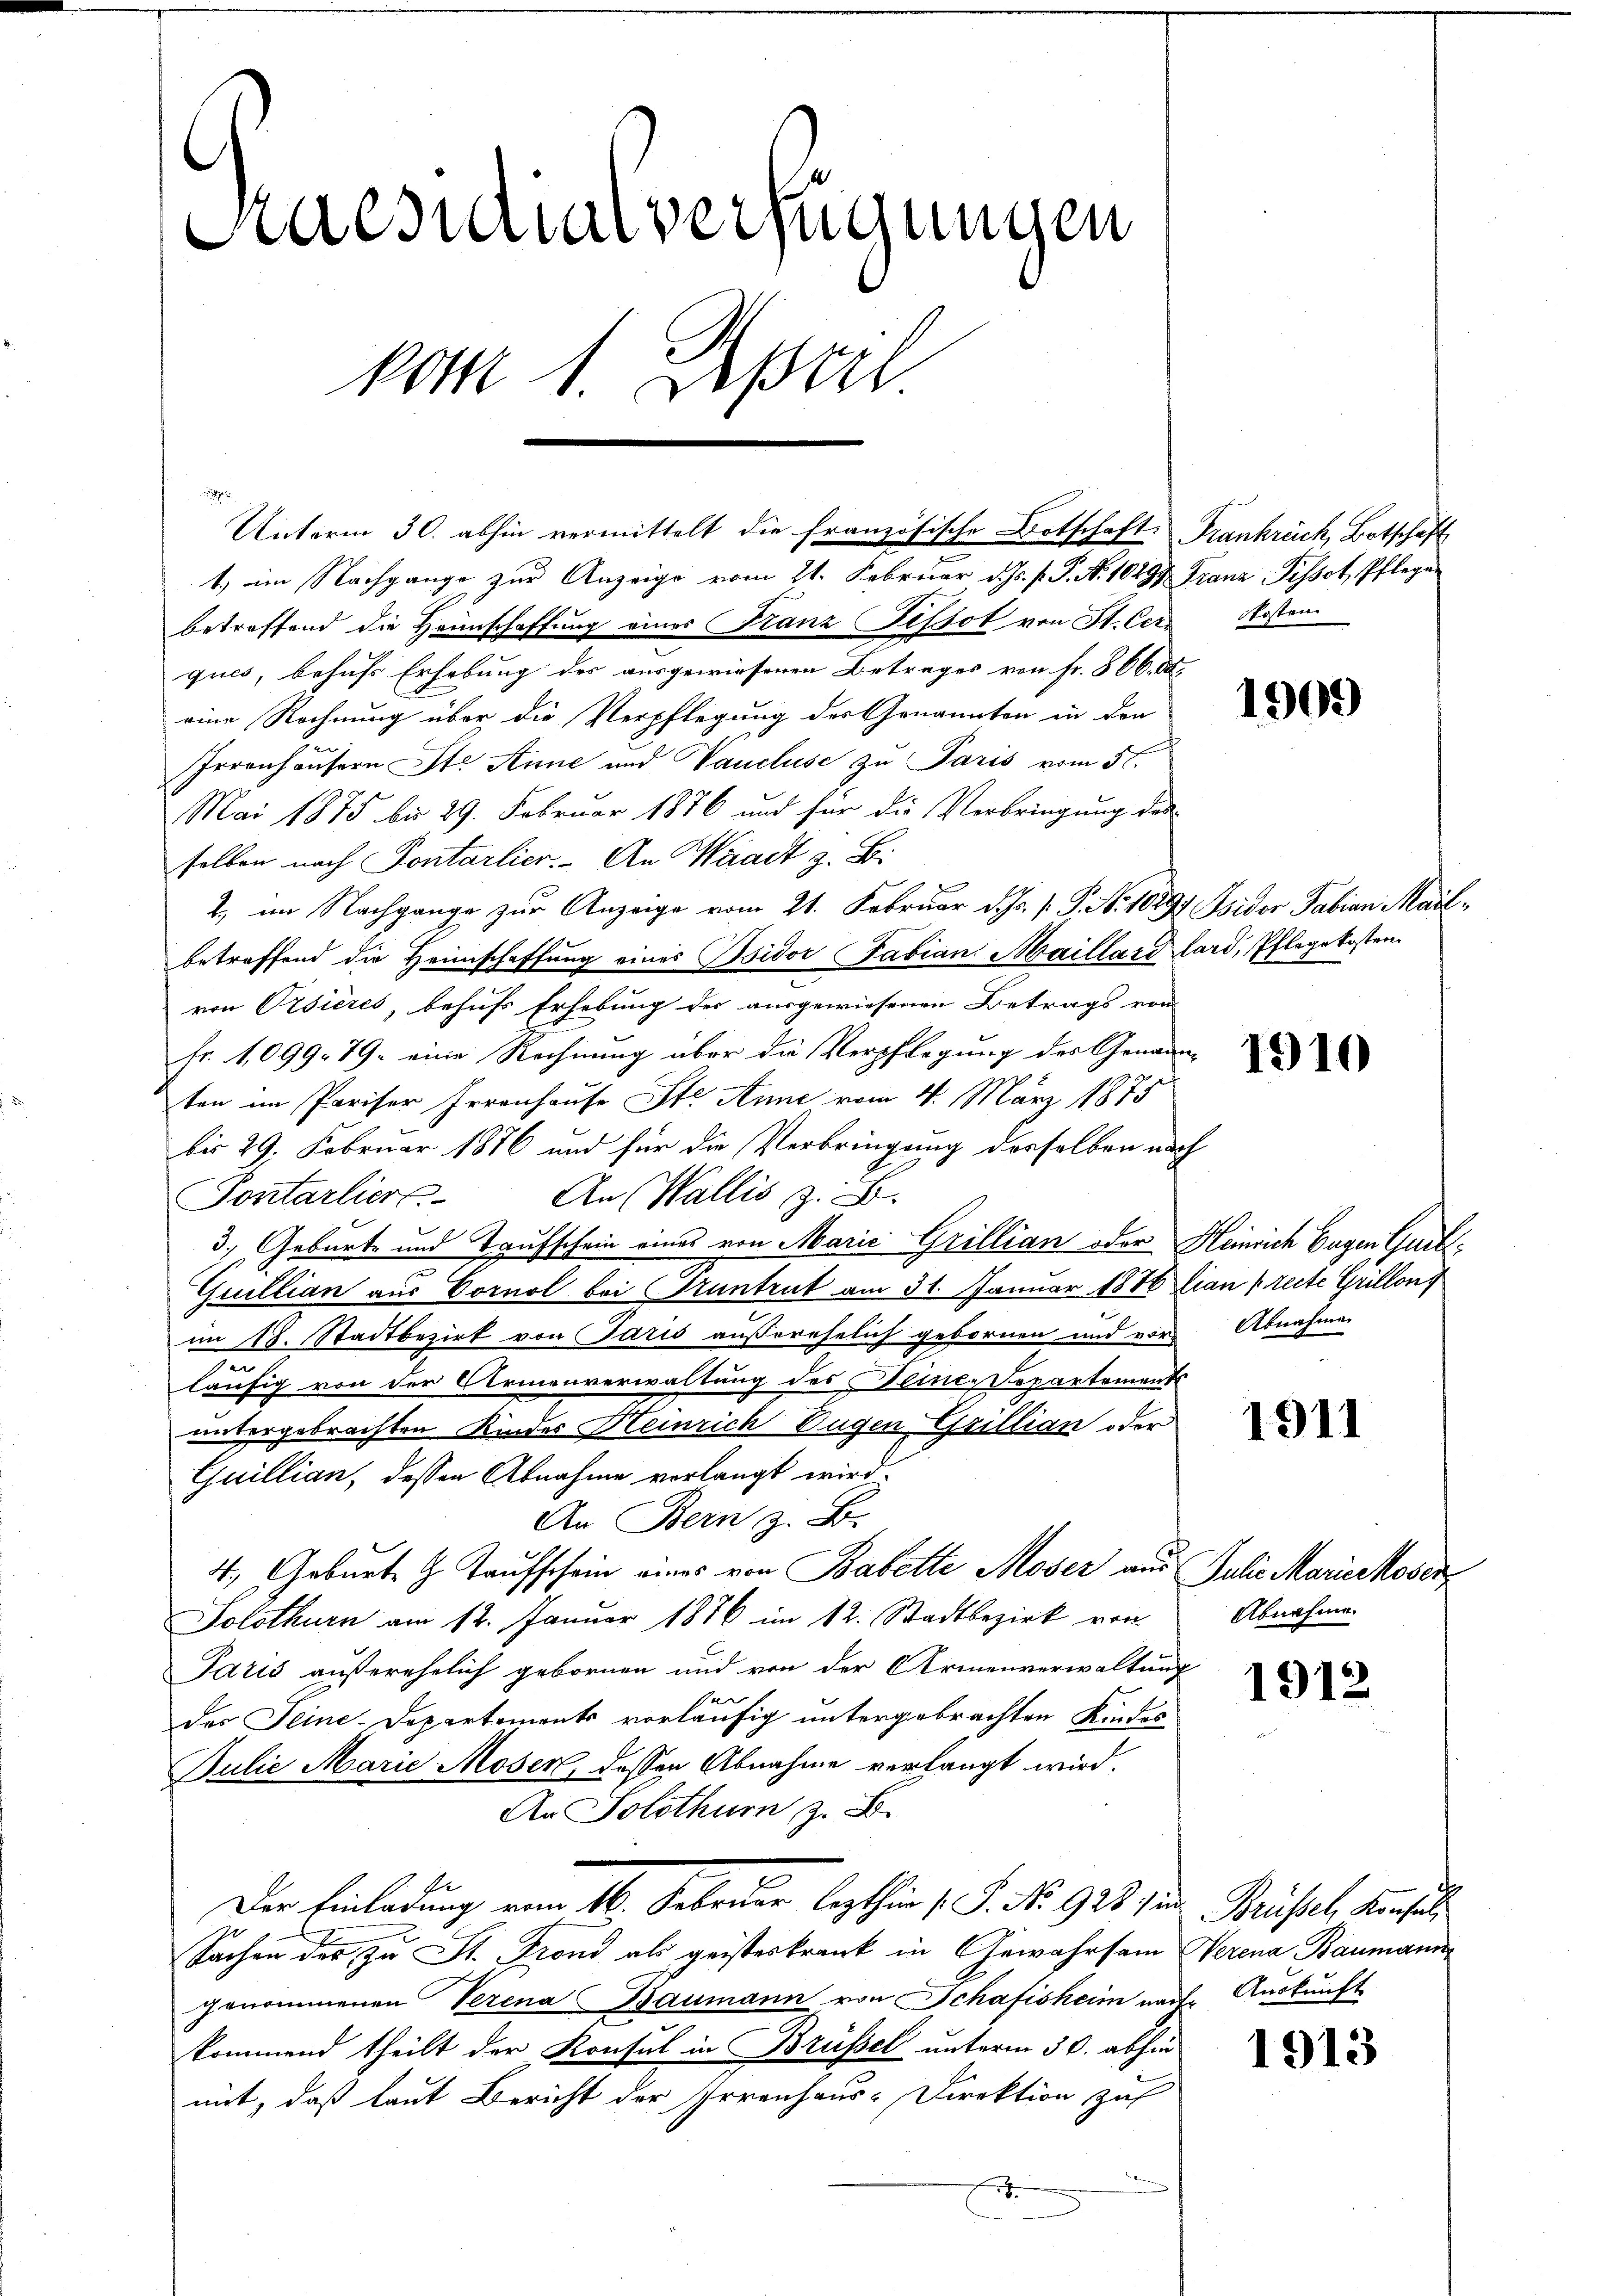
Praesutialverfügungen
kom 1. April

1. im Nachgange zur Anzeige vom 21. Februar d. Js. f. P. No. 10499. Franz Pissot, Pflegebetreffend die Heimschaffung eines Franz Pissot von St. Cere Kosten
ques, behufs Erhebung des ausgewiesenen Betrages von Fr. 866. 88,
eine Rechnung über die Verpflegung des Genannten in den
Irrenhäusern Ste Anne und Taucluse zu Paris vom 5t.
Mai 1875 bis 29. Februar 1876 und für die Verbringung des
selben nach Pontarlier. An Waadt z. B.
2, im Nachgange zur Anzeige vom 21. Februar d. Js. v. P. No 10897 Bider Fabian Mailbetreffend die Heimschaffung eines Bsidor Fabian Maillard lard, Pflegekosten
von Orsières, behufs Erhebung des ausgewiesenen Betrags vom
Fr. 1,099. 79. eine Rechnung über die Verpflegung des Genannten im Pariser Irrenhause Ste Anne vom 4. März 1875
bis 29. Februar 1876 und für die Verbringung derselben nach
Pontarliers. An (Wallis z. B.
3.) Geburt und Taufschein eines von Marie Grillian oder Heinrich begen Gurt¬
Guillian aus Vornal bei Pruntrut am 31. Januar 1886 lian Precte Grillon
im 18. Stadtbezirk von Paris außerehelich gebornen und vor-
läufig von der Armenverwaltung des Deine Repartements
untergebrachten Kindes Heinrich Eugen Grillian oder
Guillian, dessen Abnahme verlangt wird.
An Bern z. B.
4. Geburte H. Taufschein eines von Babette Moser aus Julie Mariakover
Solothurn am 12. Januar 1876 im 12. Stadtbezirk von
Paris außerehelich gebornen und von der Armenverwaltung

der Seine-Departements vorläufig untergebrachten Kindes
Julie Marie Moser, dessen Abnahme verlangt wird.
An Solothurn, z. B.
Der Einladung vom 16. Februar lezthin 1 S. Nr. 923 den Brüsel, Konse
Sachen der zu St. Frond als geisteskrank in Gewahrsam Verena Baumann
genommenen Verena Baumann von Schafisheim nach Auskunft
kommend theilt der Konsul in Brüssel unterm 30. abhin
mit, daß laut Bericht der Irrenhaus-Direktion zuf
E

e

Unterm 30. abhin vermittelt die französische Botschaft Frankrück, Botschäft

1909

1910

Abnahme

1911

Abnahme.

1912

1913